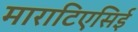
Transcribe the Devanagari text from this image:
माराटिएसिई